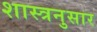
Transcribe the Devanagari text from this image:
शास्त्रनुसार